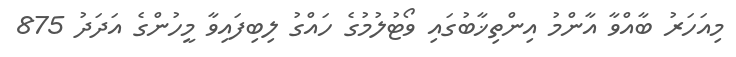
މިއަހަރު ބާއްވާ އާންމު އިންތިޚާބުގައި ވޯޓުލުމުގެ ހައްގު ލިބިފައިވާ މީހުންގެ އަދަދު 875